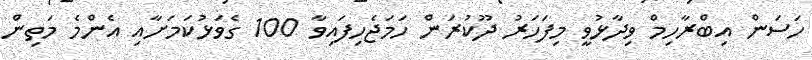
ހަސަން އިބްރާހިމް ވިދާޅުވީ މިފަހަރު ދޫކުރަން ހަމަޖެހިފައިވާ 100 ގެވަޅުކަމަށާއި އެންމެ މަތިން